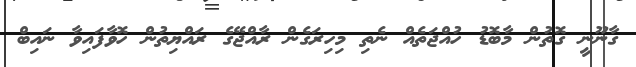
ގާނޫނީ ގޮތުން މާބޮޑު ހުއްޖަތެއް ނެތި މިހިިރަގެން ރާއްޖޭގެ ރައްޔިތުން ހޮވާފައިވާ ނައިބް